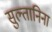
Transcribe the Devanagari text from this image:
सुल्तानिना